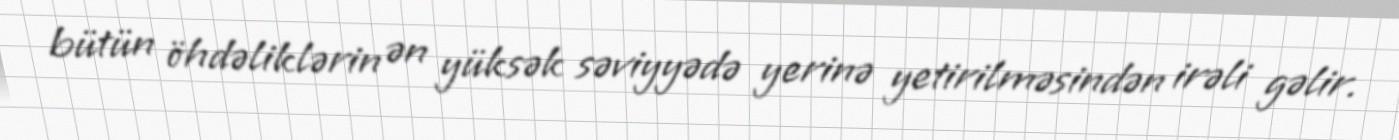
bütün öhdəliklərin ən yüksək səviyyədə yerinə yetirilməsindən irəli gəlir.